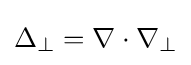
\Delta _{\perp }=\nabla \cdot \nabla _{\perp }